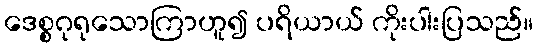
ဒေစ္စဂုရုသောကြာဟူ၍ ပရိယာယ် ကိုးပါးပြသည်။